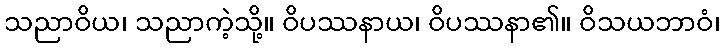
သညာဝိယ၊ သညာကဲ့သို့။ ဝိပဿနာယ၊ ဝိပဿနာ၏။ ဝိသယဘာဝံ၊